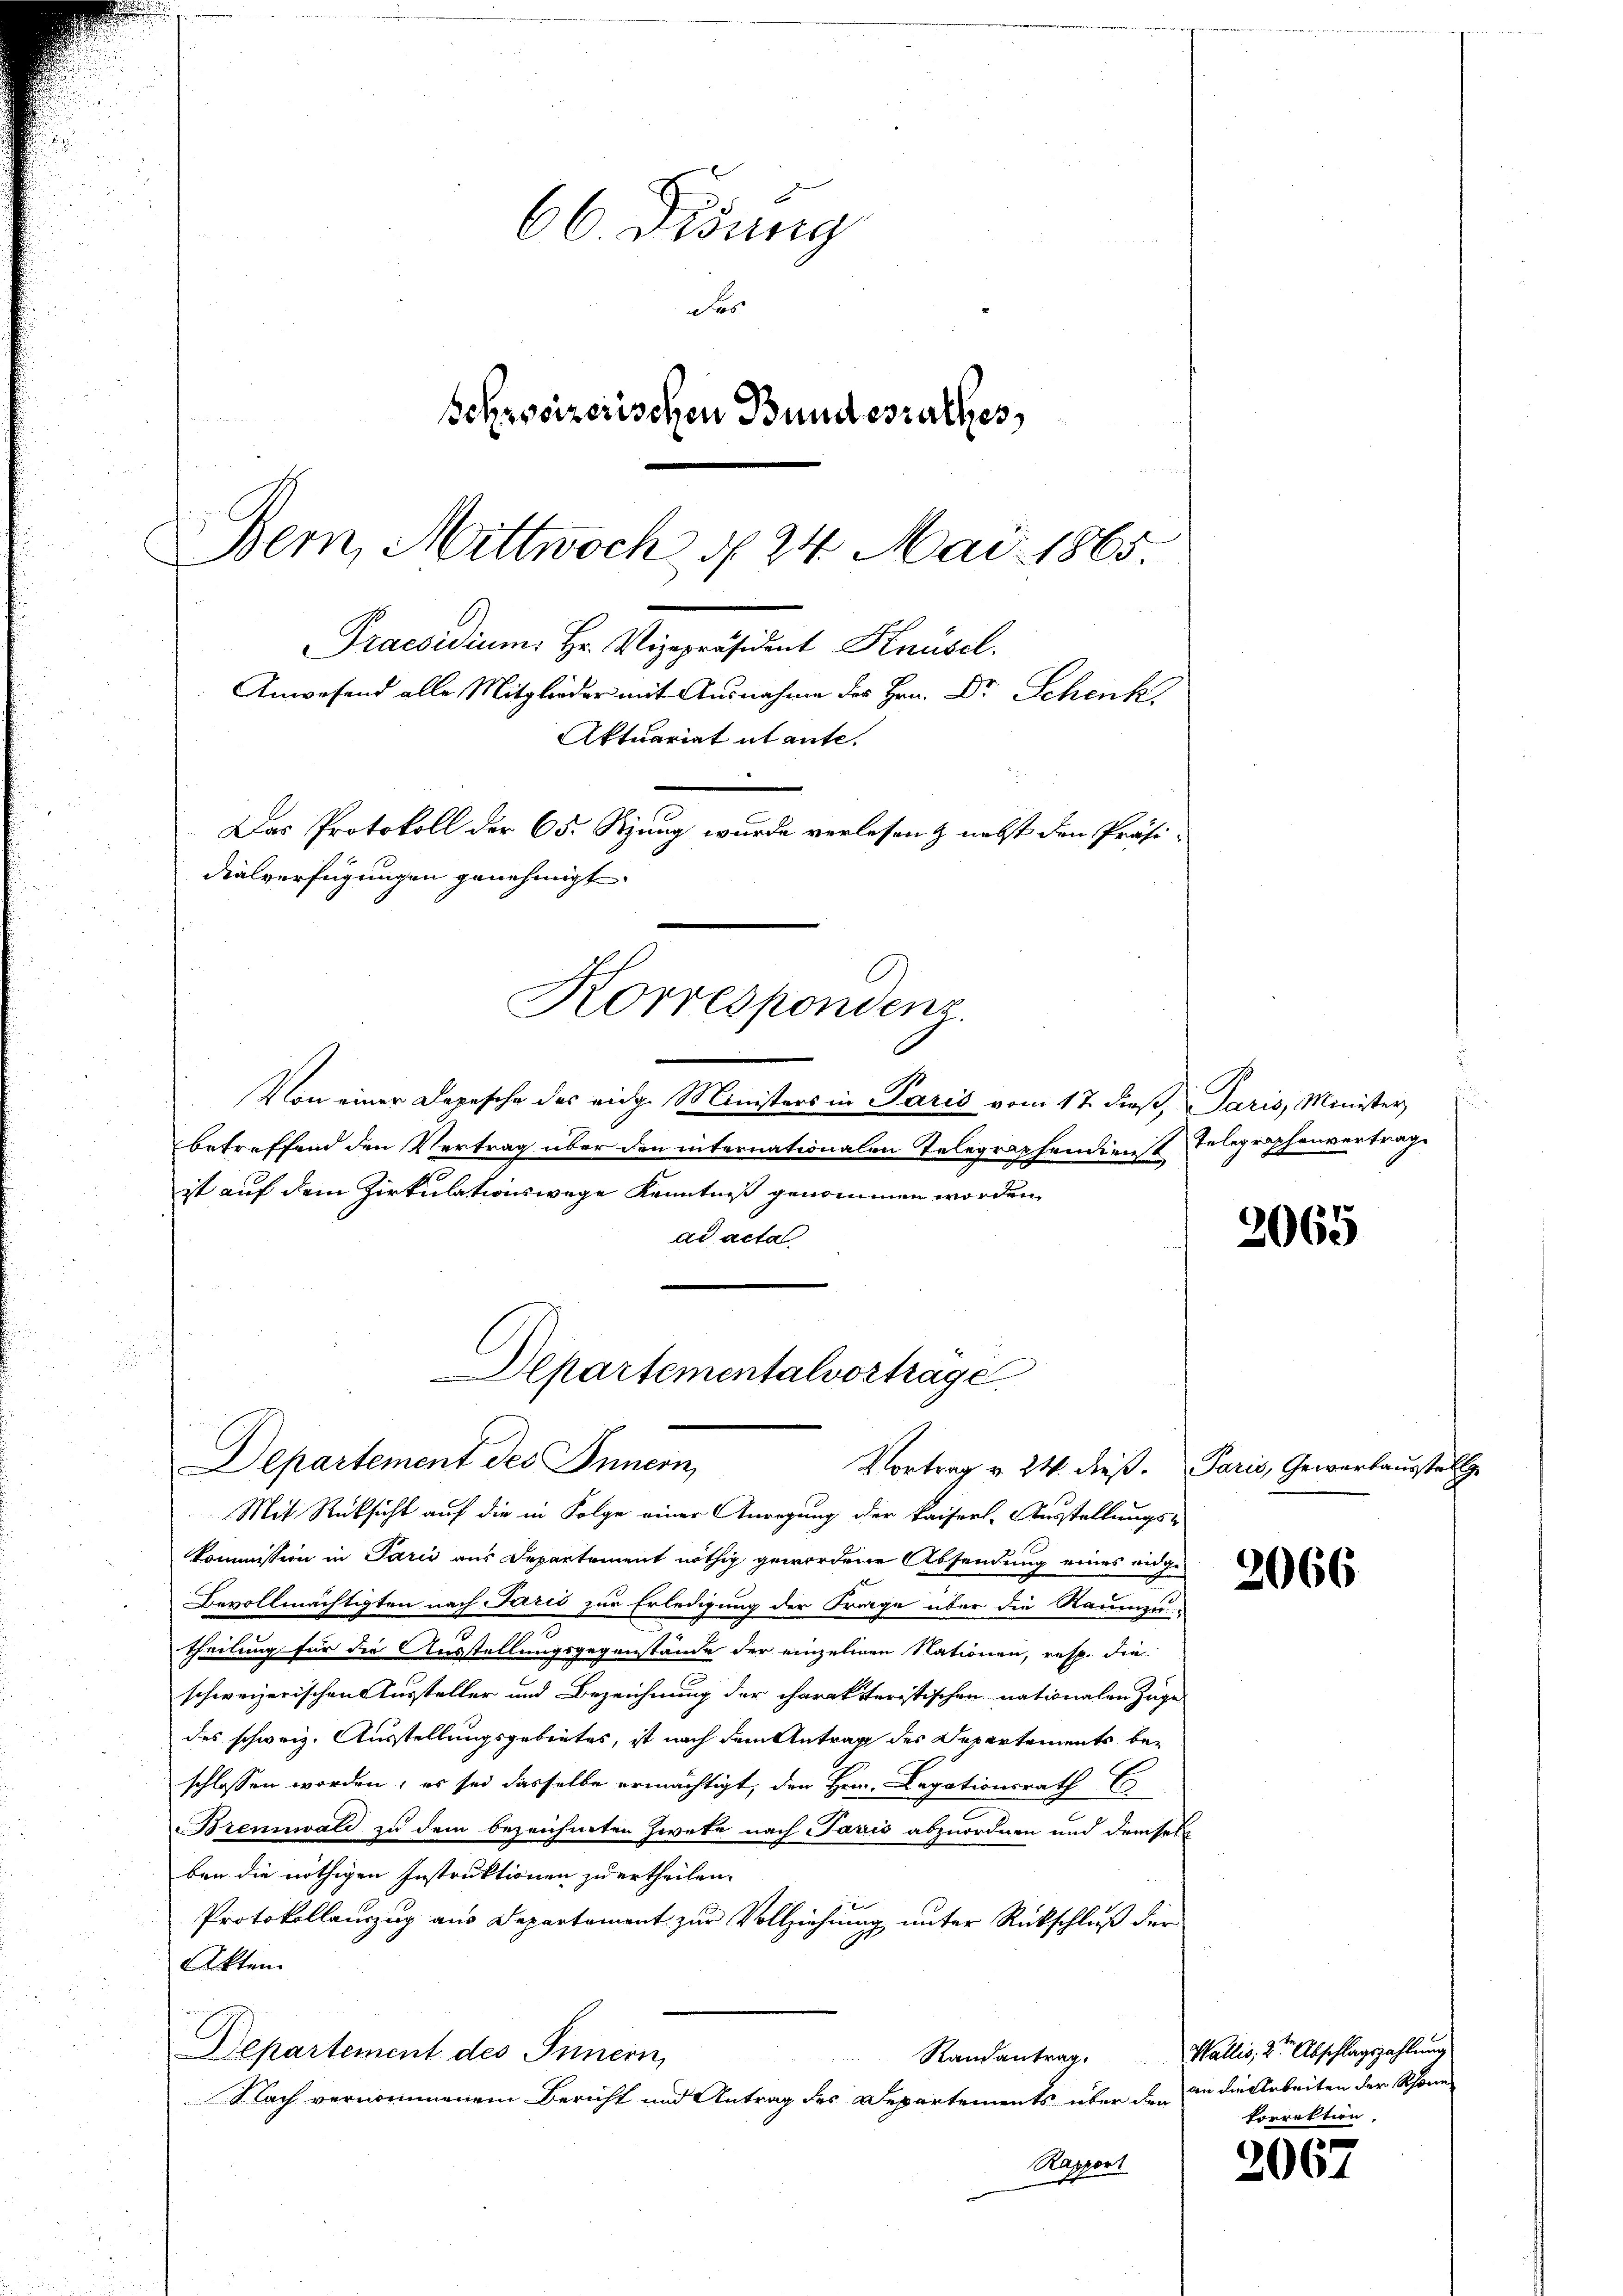
66. Disung
das
Schreizerischen Bundesrathes
Bem, Mittwoch, § 24. Mai 1865
Praesidium. Hr. Vizepräsident Knüsel.
Anwesend alle Mitglieder mit Ausnahme des Hrn. Dr. Schenk
Aktuariat abante.
Das Protokoll der 65. Sitzung wurde verlesen & nebst den Präsi-
dialverfügungen genehmigt.

Korrespondenz

Von einer Depesche des eidg. Ministers in Paris vom 17. dieβ, Paris, Minister,
betreffend den Vertrag über den internationalen Telegraphendienst Telegraphenvertrag
it auf dem Zirkulationswege Kenntniß genommen worden
ad acta
Vortrag v. 24. dieß. Paris, Gewertausstell
Mit Rücksicht auf die in Folge einer Anregung der kaiserl. Ausstellungs-
kommission in Paris aus Departement nöthig gewordene Absendung eines eidge
Bevollmächtigten nach Paris zur Erledigung der Frage über die Raumzu-
theilung für die Ausstellungsgegenstände der einzelnen Nationen, resp. die
schweizerischen Aussteller und Bezeichnung der charakteristischen nationalen Zuge-
des schweiz. Ausstellungsgebietes, ist nach dem Antrag des Departements be-
schlossen worden; es sei dasselbe ermächtigt, den Hern. Legationsrath E.
Brennwald zu dem bezeichneten Zwete nach Paris abzuordnen und demsel
ben die nöthigen Instruktionen zu ertheilen.
Protokollauszug aus Departement zur Vollziehung unter Rückschluß der
Akten
Departement des Innern,
Randantrag. Wallis, 2te Abschlagszahlung
 2 Litt.  10
Nach vernommenem Bericht und Antrag des Departements über den in die Arbeiten der Schöne
Rapport

Departementalvortrage
Departement des Innern,

2065

2066

korrektion.

2067